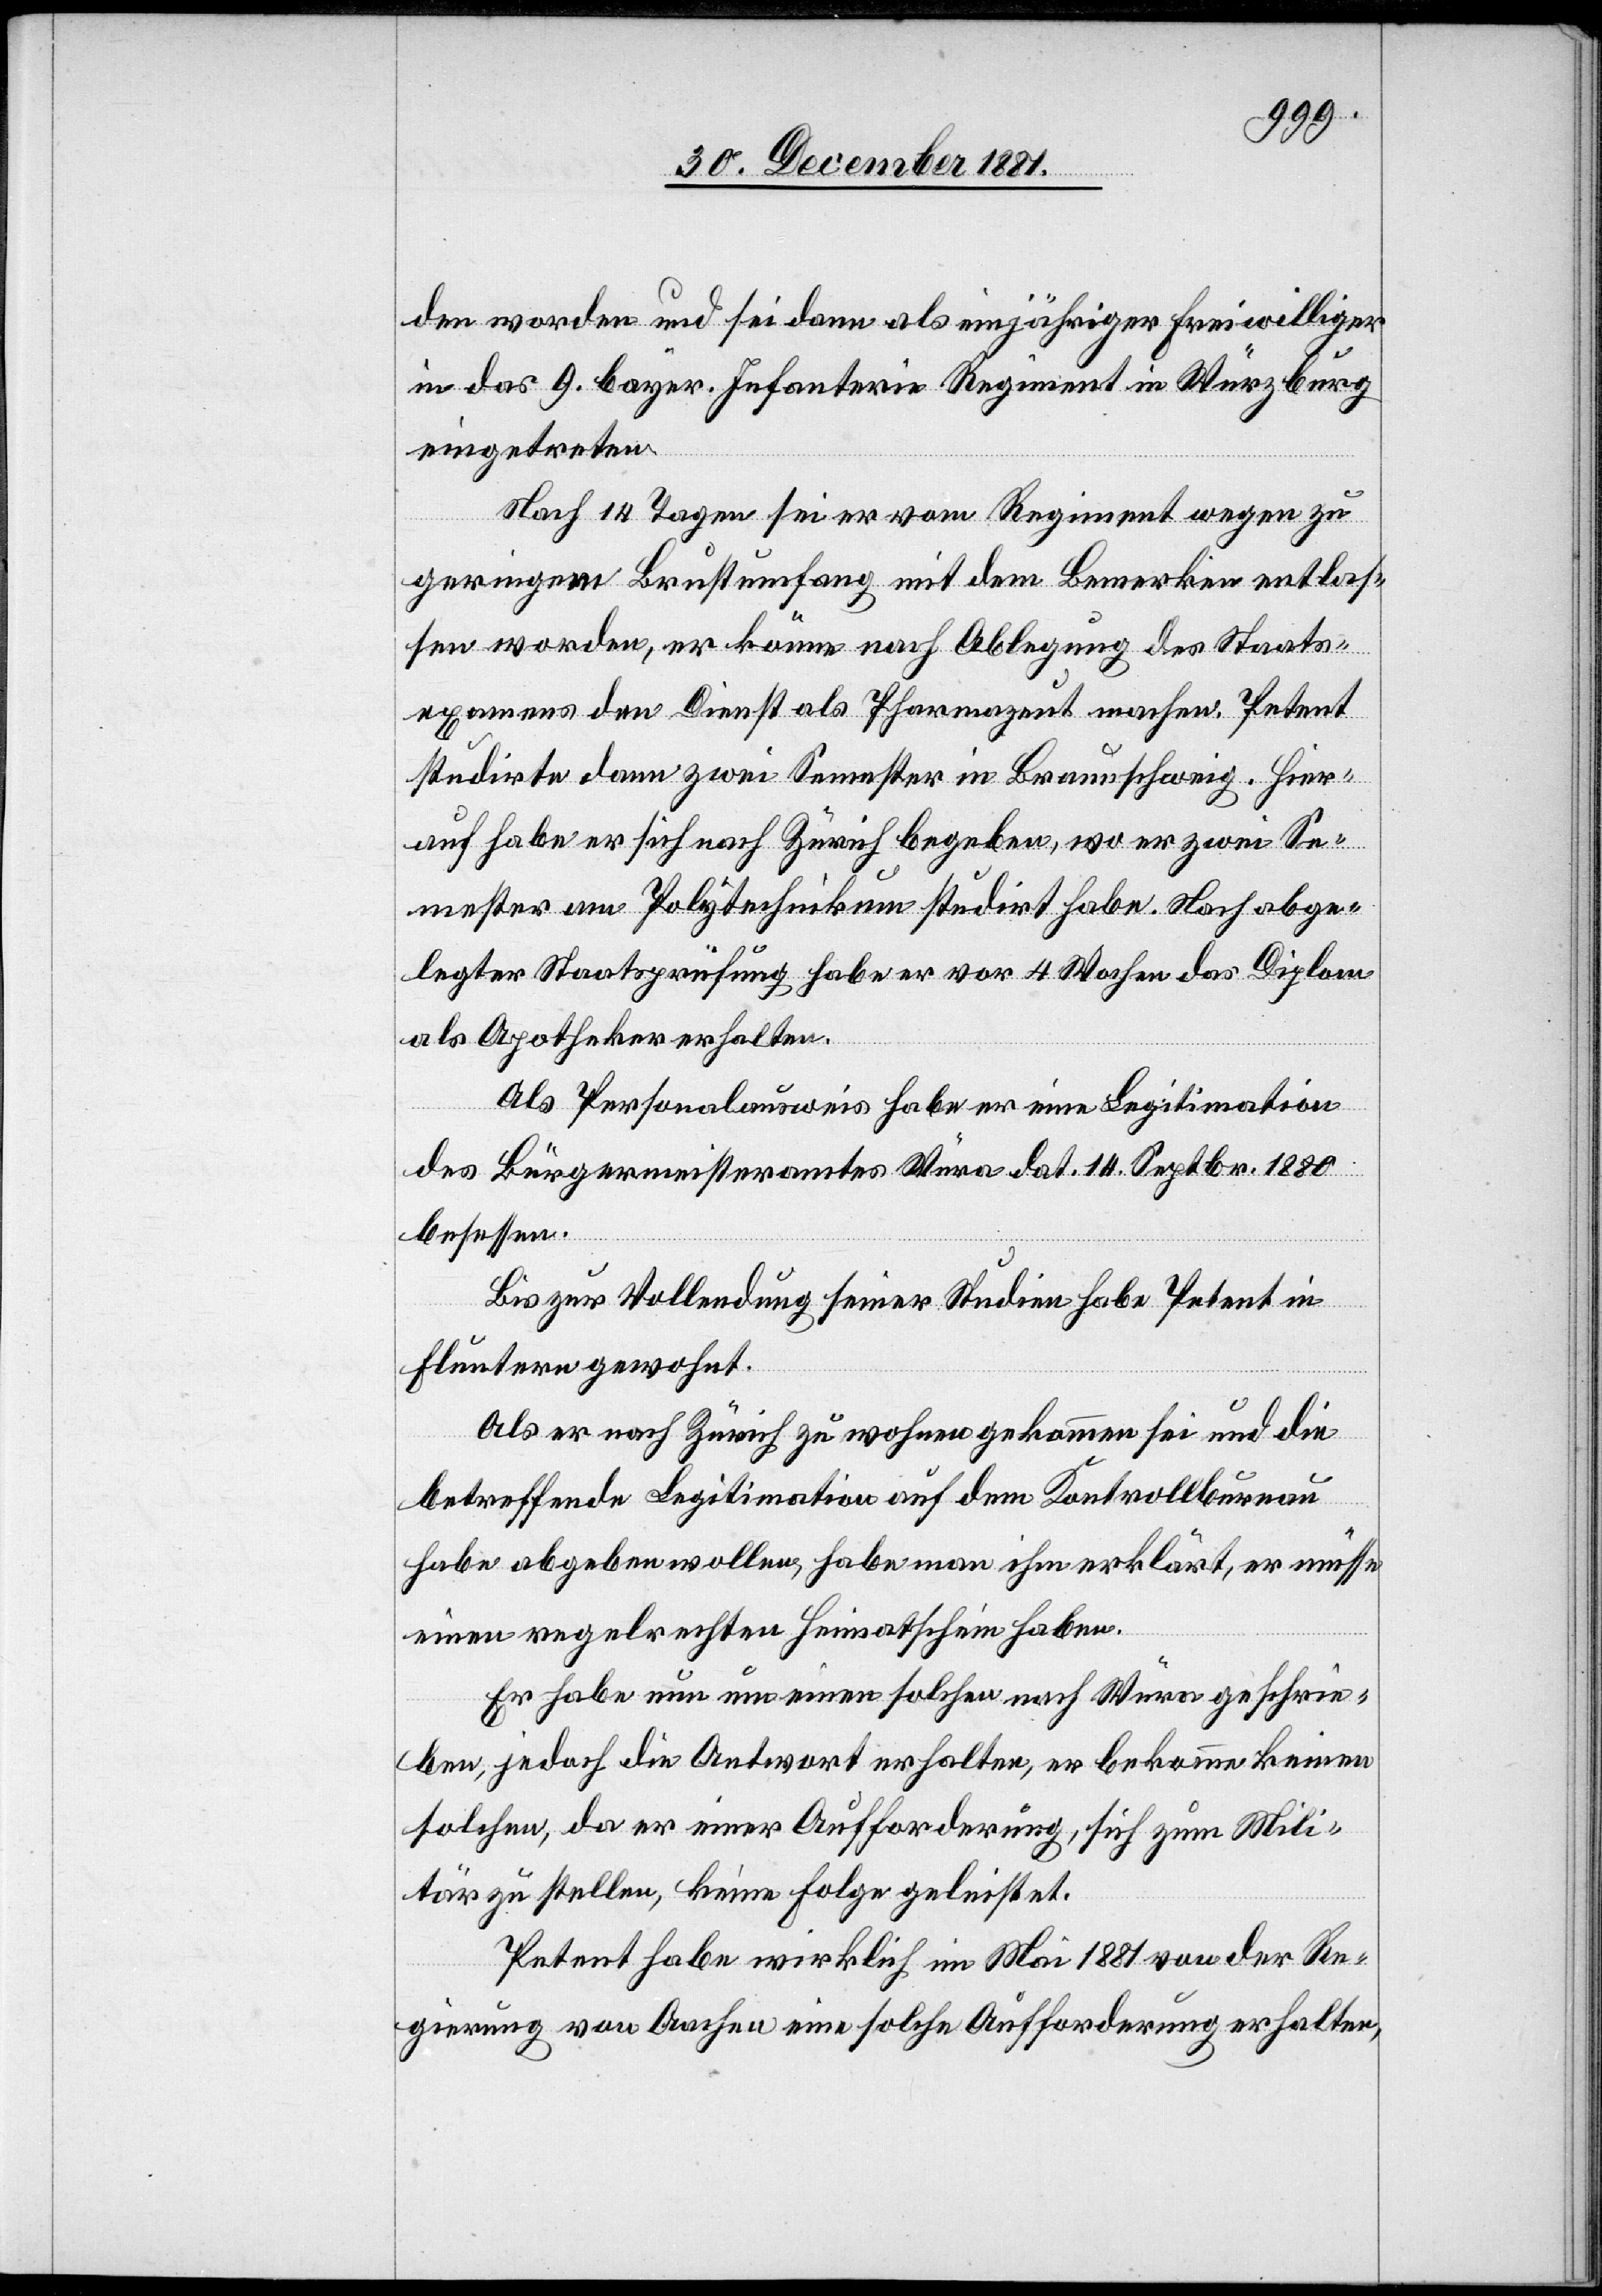
den worden und sei dann als einjähriger Freiwilliger
in das 9. bayer. Infanterie Regiment in Würzburg
eingetreten.
Nach 14 Tagen sei er vom Regiment wegen zu
geringem Brustumfang mit dem Bemerken entlas¬
sen worden, er könne nach Ablegung des Staats¬
examens den Dienst als Pharmazeut machen. Petent
studirte dann zwei Semester in Braunschweig. Hier¬
auf habe er sich nach Zürich begeben, wo er zwei Se¬
mester am Polytechnikum studirt habe. Nach abge¬
legter Staatsprüfung habe er vor 4 Wochen das Diplom
als Apotheker erhalten.
Als Personalausweis habe er eine Legitimation
des Bürgermeisteramtes Würa dat. 14. Septbr. 1880
besessen.
Bis zur Vollendung seiner Studien habe Petent in
Fluntern gewohnt.
Als er nach Zürich zu wohnen gekommen sei und die
betreffende Legitimation auf dem Kontrollbureau
habe abgeben wollen, habe man ihm erklärt, er müsse
einen regelrechten Heimatschein haben.
Er habe nun um einen solchen nach Würa geschrie¬
ben, jedoch die Antwort erhalten, er bekomme keinen
solchen, da er einer Aufforderung, sich zum Mili¬
tär zu stellen, keine Folge geleistet.
Petent habe wirklich im Mai 1881 von der Re¬
gierung von Aachen eine solche Aufforderung erhalten,